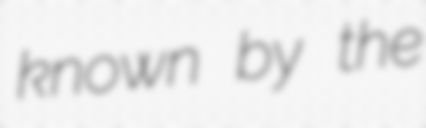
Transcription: known by the